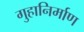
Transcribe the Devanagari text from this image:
गुहानिर्माण